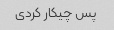
پس چیکار کردی